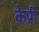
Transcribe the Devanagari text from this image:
केप्री